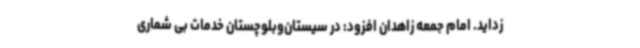
‌زداید. امام جمعه زاهدان افزود: در سیستان‌وبلوچستان خدمات بی شماری